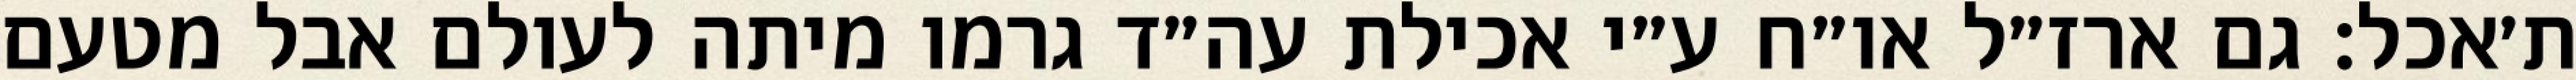
ת׳אכל: גם ארז״ל או״ח ע״י אכילת עה״ד גרמו מיתה לעולם אבל מטעם